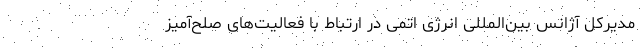
مدیرکل آژانس بین‌المللی انرژی اتمی در ارتباط با فعالیت‌های صلح‌آمیز